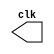
// --------------------------- 
// -- test clock generator (1) 
// --------------------------- 
// Nome: Rayan Darwin

module clock ( clk ); 
output clk; 
reg clk; 
initial 
begin 
clk = 1'b0; 
end 
always 
begin 
#12 clk = ~clk; 
end 
endmodule 
module Exemplo0041; 
wire clk; 
clock CLK1 ( clk ); 
initial begin 
#120 $finish; 
end 
endmodule